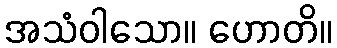
အသံဝါသော။ ဟောတိ။